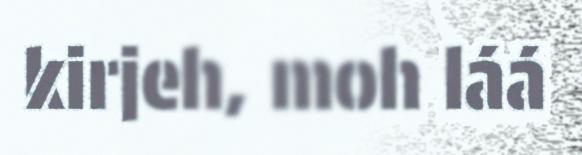
kirjeh, moh láá